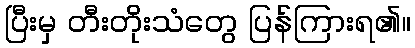
ပြီးမှ တီးတိုးသံတွေ ပြန်ကြားရ၏။